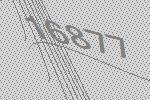
16877